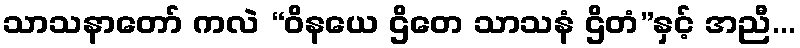
သာသနာတော် ကလဲ “ဝိနယေ ဌိတေ သာသနံ ဌိတံ”နှင့် အညီ...